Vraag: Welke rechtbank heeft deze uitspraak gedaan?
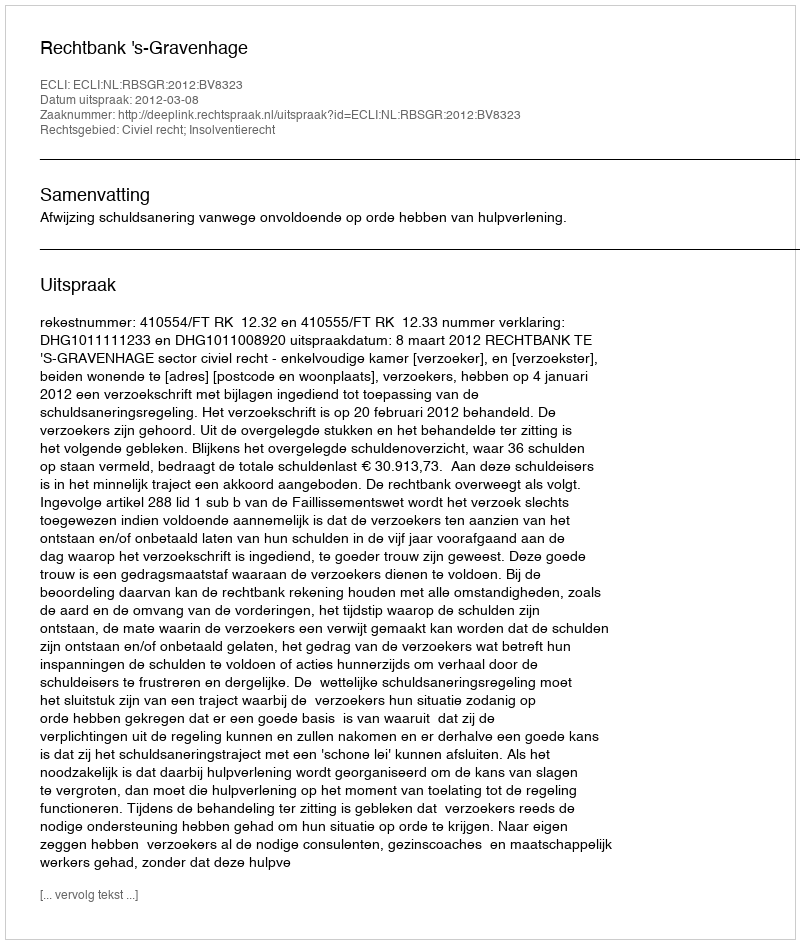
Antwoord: Rechtbank 's-Gravenhage